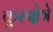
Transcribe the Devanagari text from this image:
कुरुक्षेत्रे